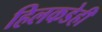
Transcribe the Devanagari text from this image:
हिलकडेही